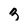
Character: 3